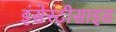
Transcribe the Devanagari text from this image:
इंसेस्टीसाइड